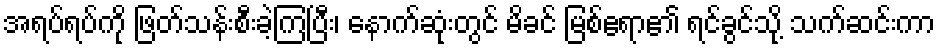
အရပ်ရပ်ကို ဖြတ်သန်းစီးခဲ့ကြပြီး၊ နောက်ဆုံးတွင် မိခင် မြစ်ဧရာ၏ ရင်ခွင်သို့ သက်ဆင်းကာ